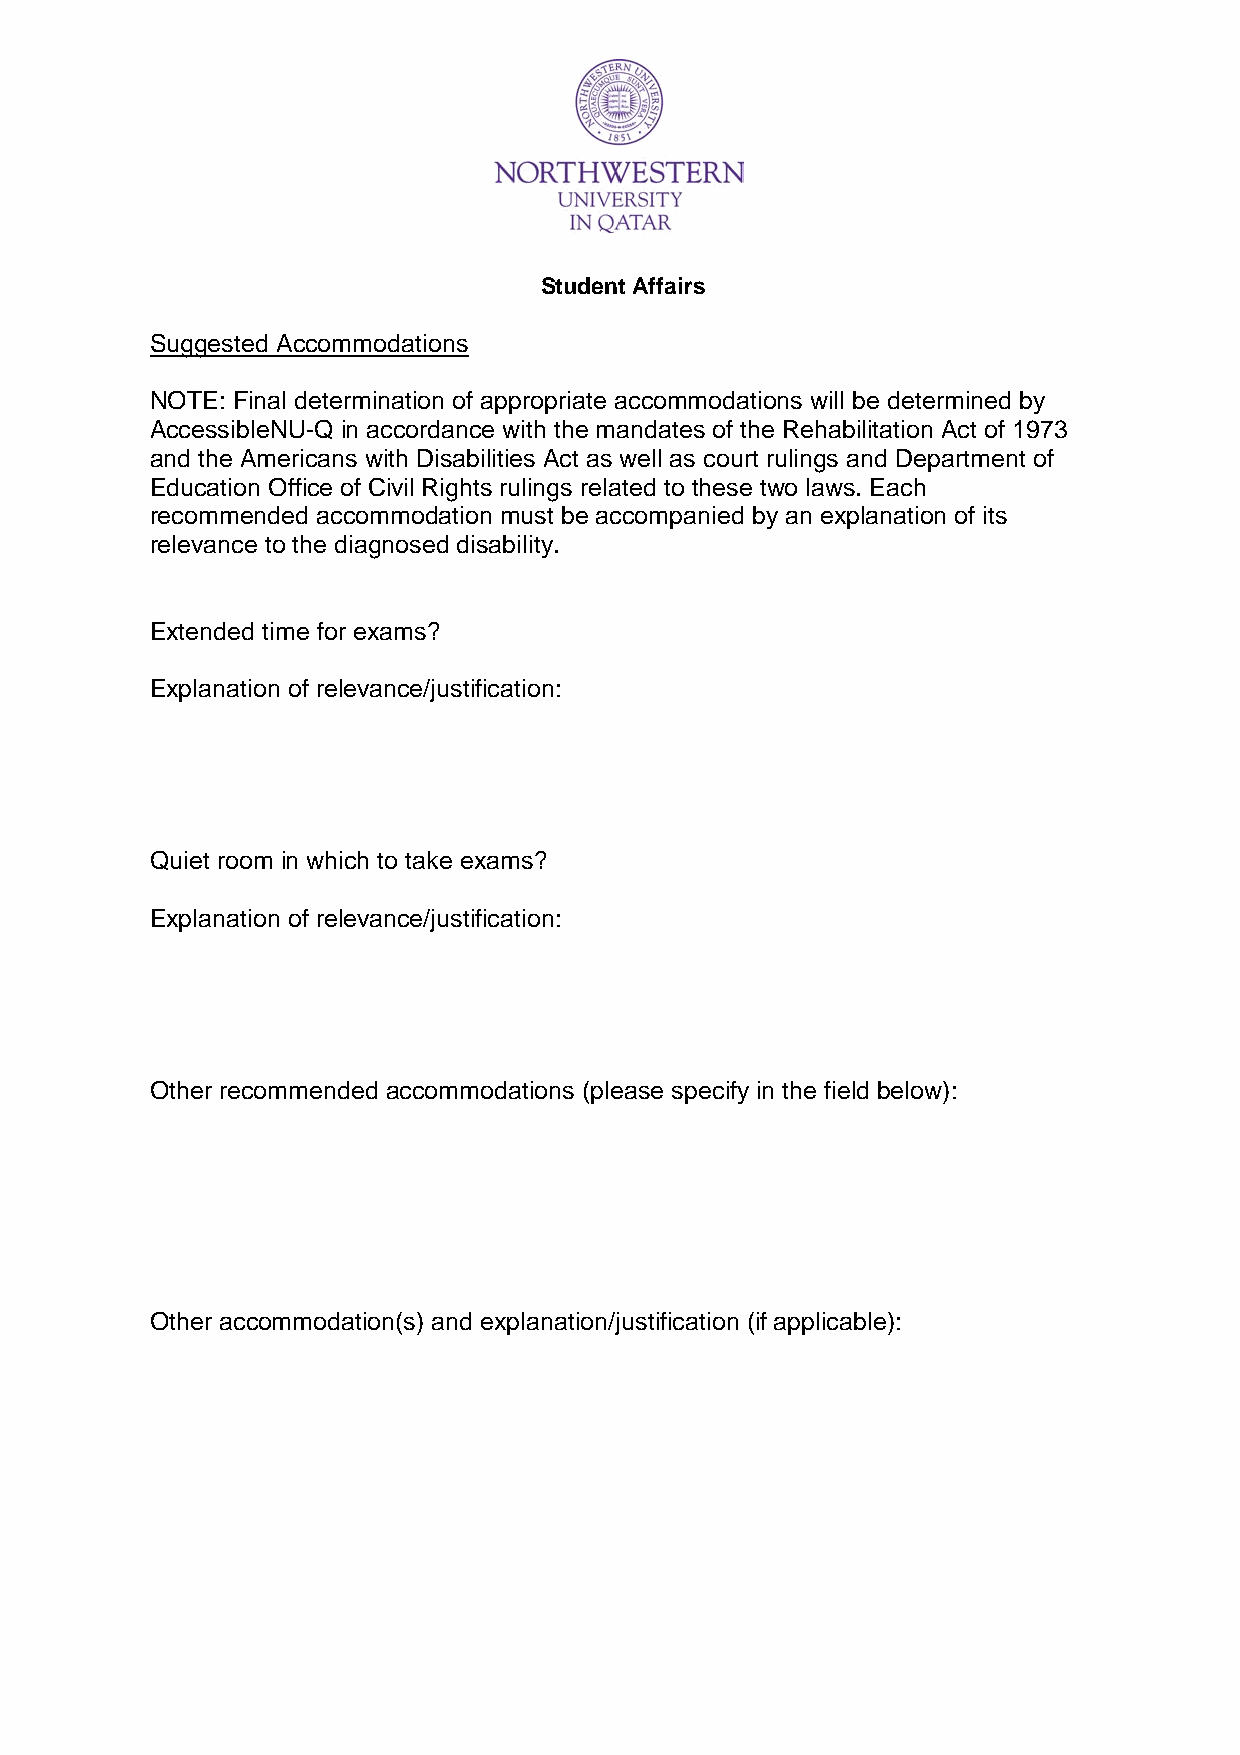
Student Affairs
 Suggested Accommodations
 NOTE: Final determination of appropriate accommodations will be determined by
 AccessibleNU-Q in accordance with the mandates of the Rehabilitation Act of 1973
 and the Americans with Disabilities Act as well as court rulings and Department of
 Education Office of Civil Rights rulings related to these two laws. Each
 recommended accommodation must be accompanied by an explanation of its
 relevance to the diagnosed disability.
 Extended time for exams?
 Explanation of relevance/justification:
 Quiet room in which to take exams?
 Explanation of relevance/justification:
 Other recommended accommodations (please specify in the field below):
 Other accommodation(s) and explanation/justification (if applicable):